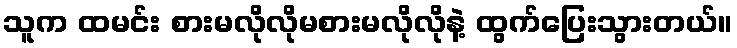
သူက ထမင်း စားမလိုလိုမစားမလိုလိုနဲ့ ထွက်ပြေးသွားတယ်။